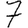
Digit: 7